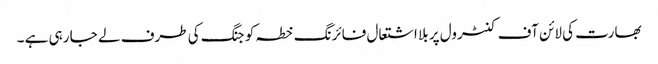
بھارت کی لائن آف کنٹرول پر بلا اشتعال فائرنگ خطہ کو جنگ کی طرف لے جا رہی ہے ۔